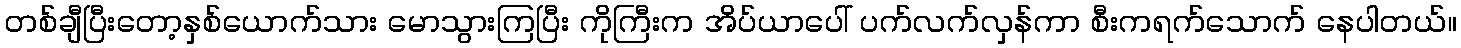
တစ်ချီပြီးတော့နှစ်ယောက်သား မောသွားကြပြီး ကိုကြီးက အိပ်ယာပေါ် ပက်လက်လှန်ကာ စီးကရက်သောက် နေပါတယ်။